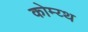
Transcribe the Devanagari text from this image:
कोम्य्थ